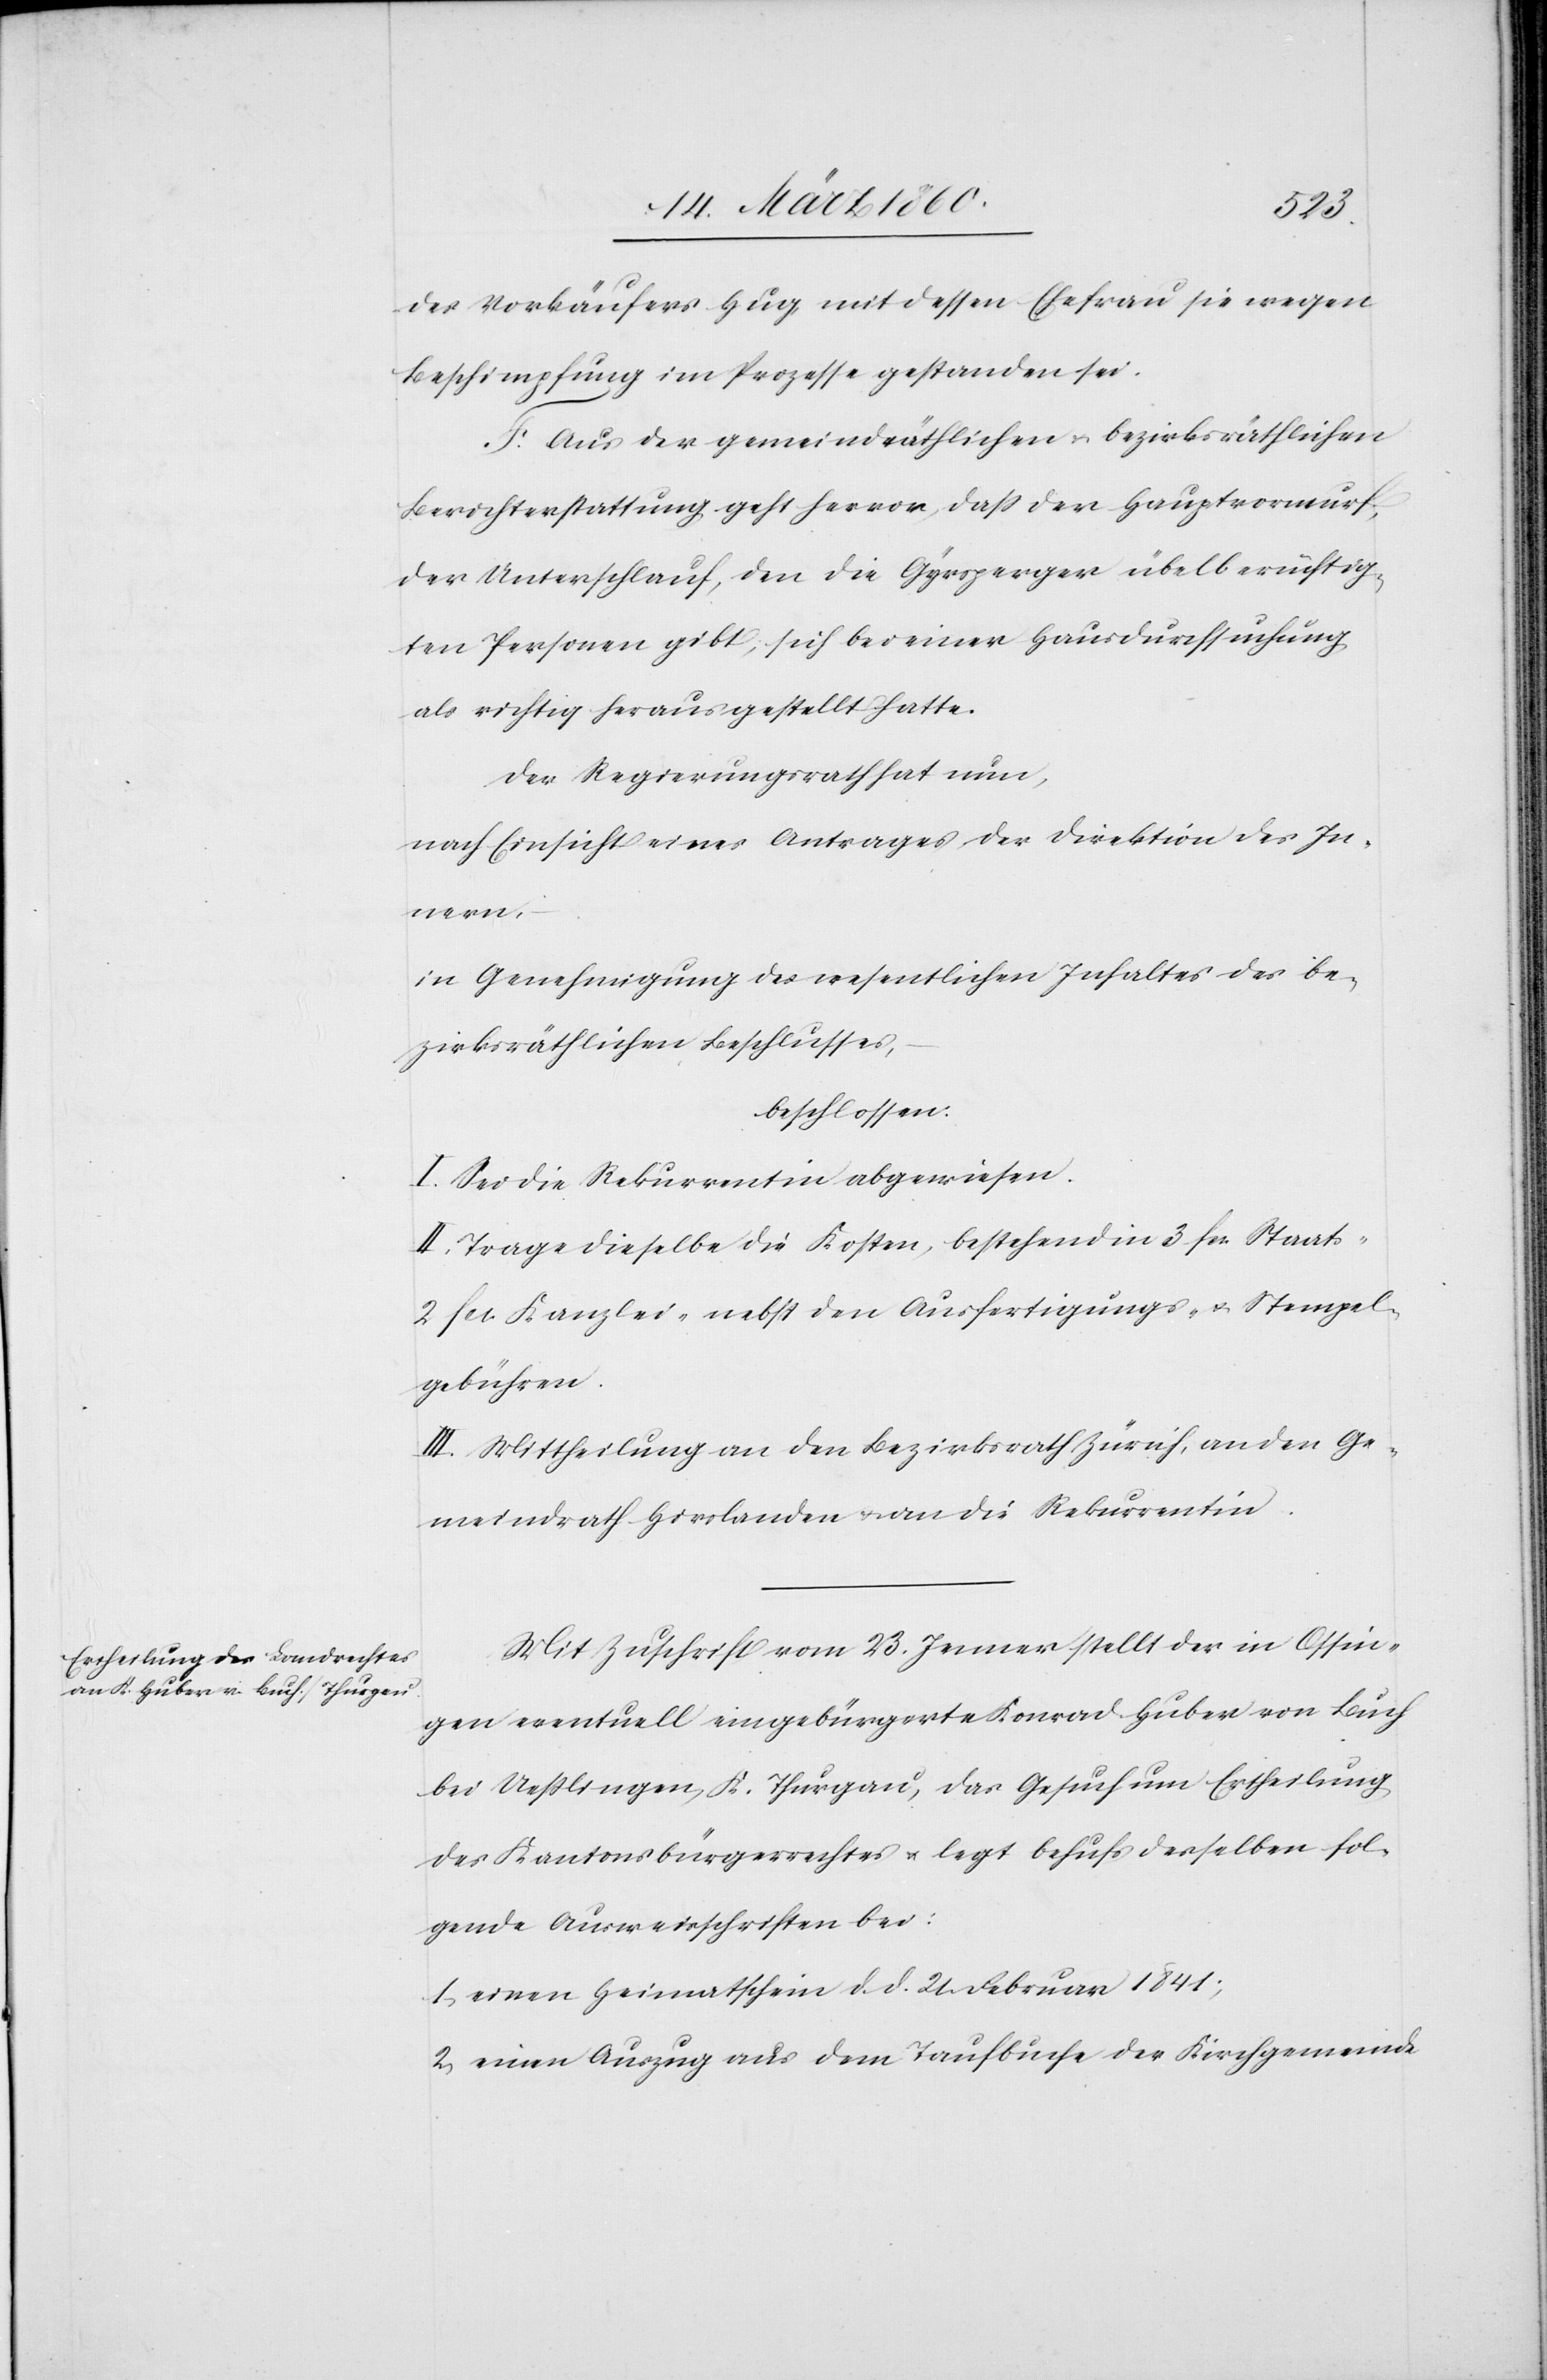
des Verkäufers Hug, mit dessen Ehefrau sie wegen
Beschimpfung im Prozesse gestanden sei.
F. Aus der gemeindräthlichen u. bezirksräthlichen
Berichterstattung geht hervor, dass der Hauptvorwurf
der Unterschlauf, den die Gyrsperger übelberüchtig¬
ten Personen gibt, sich bei einer Hausdurchsuchung
als richtig herausgestellt hatte.
Der Regierungsrath hat nun;
nach Einsicht eines Antrages der Direktion des In¬
nern,
in Genehmigung des wesentlichen Inhaltes des be¬
zirksräthlichen Beschlusses
beschlossen:
I. Sei die Rekurrentin abgewiesen.
II. Trage dieselbe die Kosten, bestehend in 3 fr. Staats-
2 fcs Kanzlei- nebst den Ausfertigungs- u, Stempel¬
gebühren.
III. Mittheilung an den Bezirksrath Zürich, an den Ge¬
meindrath Hirslanden u. an die Rekurrentin.
Mit Zuschrift vom 23. Jenner stellt der in Ossin¬
gen eventuell eingebürgerte Konrad Huber von Buch
bei Uesslingen, K. Thurgau, das Gesuch um Ertheilung
des Kantonsbürgerrechtes u. legt behufs derselben fol¬
gende Ausweisschriften bei:
1. einen Heimatschein d. d. 21. Februar 1841;
2. einen Auszug aus dem Taufbuche der Kirchgemeinde